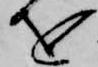
を